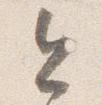
今